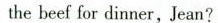
the beef for dinner, Jean?